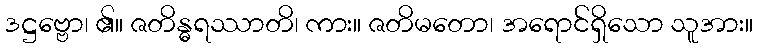
ဒဋ္ဌဗ္ဗော၊ ၏။ ဇတိန္ဓရဿာတိ၊ ကား။ ဇတိမတော၊ အရောင်ရှိသော သူအား။